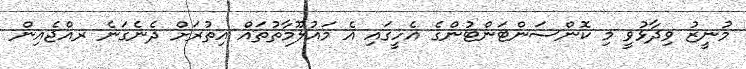
މުނީޒު ވިދާޅުވީ މި ކޮންސަންޓަންޓުންގެ އެހީގައި އެ މައުލޫމާތުތައް އިތުރަށް ދެނެގަނެ ރއްޖެއިން